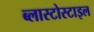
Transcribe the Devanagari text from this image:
ब्लास्टोस्टाइल